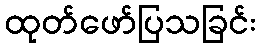
ထုတ်ဖော်ပြသခြင်း